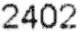
2402